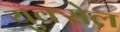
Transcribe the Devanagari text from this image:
युक्सेल